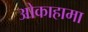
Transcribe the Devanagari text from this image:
ओकाहामा